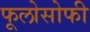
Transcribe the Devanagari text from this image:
फूलोसोफी